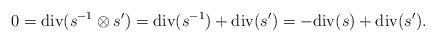
LaTeX: \begin{align*}0=\mathrm{div}(s^{-1}\otimes s')=\mathrm{div}(s^{-1})+\mathrm{div}(s')=-\mathrm{div}(s)+\mathrm{div}(s').\end{align*}